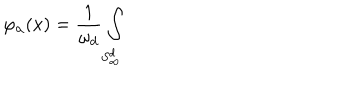
\varphi _ { \alpha } ( x ) = \frac { 1 } { \omega _ { d } } \int _ { S _ { \infty } ^ { d } }